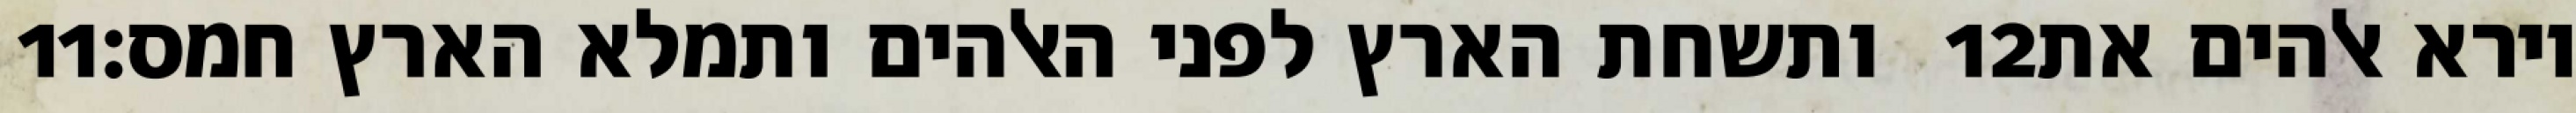
‎11‏ ותשחת הארץ לפני האלהים ותמלא הארץ חמס׃ ‎12‏ וירא אלהים את